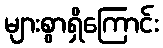
များစွာရှိကြောင်း